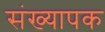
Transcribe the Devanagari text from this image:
संख्यापक